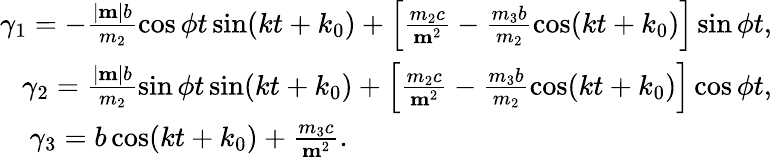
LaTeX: \begin{array}{r}{\gamma_{1}=-\frac{|{\mathbf m}|b}{m_{2}}\cos\phi t\sin(kt+k_{0})+\left[\frac{m_{2}c}{{\mathbf m}^{2}}-\frac{m_{3}b}{m_{2}}\cos(kt+k_{0})\right]\sin\phi t,}\\ {\gamma_{2}=\frac{|{\mathbf m}|b}{m_{2}}\sin\phi t\sin(kt+k_{0})+\left[\frac{m_{2}c}{{\mathbf m}^{2}}-\frac{m_{3}b}{m_{2}}\cos(kt+k_{0})\right]\cos\phi t,}\\ {\gamma_{3}=b\cos(kt+k_{0})+\frac{m_{3}c}{{\mathbf m}^{2}}.\qquad\qquad\qquad\qquad\qquad\qquad\qquad\quad}\end{array}